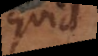
quid